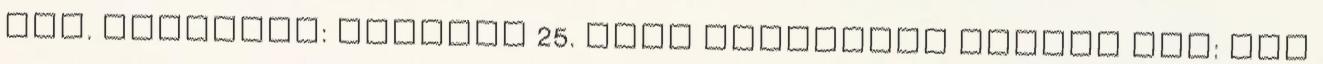
óra. Főnévnap: Február 25. Idei névnaptól elmult idő: már